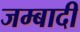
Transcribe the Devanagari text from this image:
जम्बादी